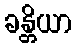
ခန္တိယာ